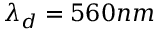
\lambda _ { d } = 5 6 0 n m